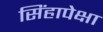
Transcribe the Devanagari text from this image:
सिंहापेक्षा